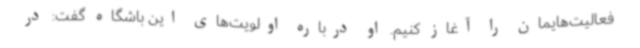
فعالیت‌هایمان را آغاز کنیم. او درباره اولویت‌های این باشگاه گفت: در